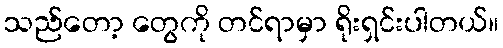
သည်တော့ တွေကို တင်ရာမှာ ရိုးရှင်းပါတယ်။